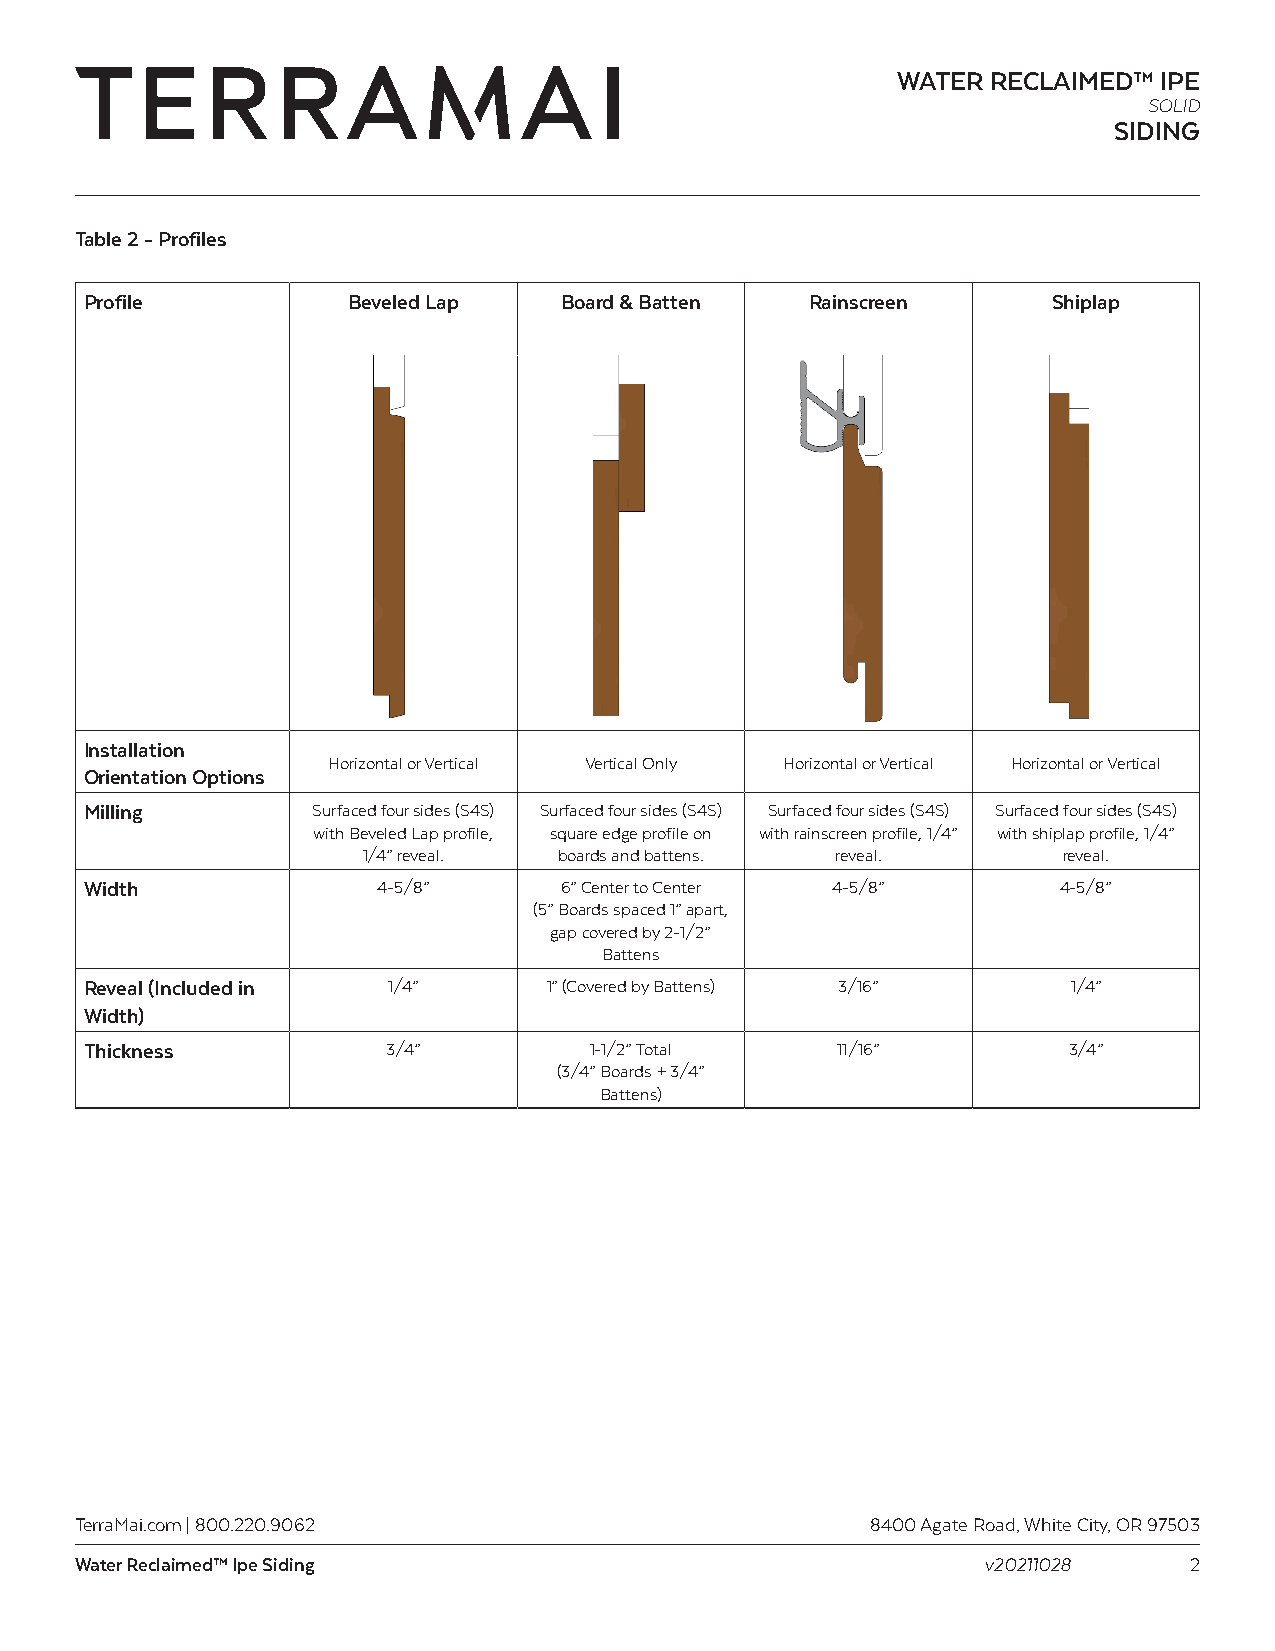
WATER  RECLAIMED™ IPE
 SOLID
 SIDING
 Table 2 - Profiles
 Profile          Beveled Lap   Board & Batten   Rainscreen      Shiplap
 Installation
 Horizontal or Vertical Vertical Only Horizontal or Vertical Horizontal or Vertical
 Orientation Options
 Milling        Surfaced four sides (S4S) Surfaced four sides (S4S) Surfaced four sides (S4S) Surfaced four sides (S4S)
 with Beveled Lap profile, square edge profile on with rainscreen profile, 1/4” with shiplap profile, 1/4”
 1/4” reveal. boards and battens. reveal.      reveal.
 Width              4-5/8”      6” Center to Center 4-5/8”       4-5/8”
 (5” Boards spaced 1” apart,
 gap covered by 2-1/2”
 Battens
 Reveal (Included in 1/4”      1” (Covered by Battens) 3/16”      1/4”
 Width)
 Thickness           3/4”         1-1/2” Total    11/16”          3/4”
 (3/4” Boards + 3/4”
 Battens)
 TerraMai.com | 800.220.9062                          8400 Agate Road, White City, OR 97503
 Water Reclaimed™ Ipe Siding                                 v20211028     2